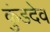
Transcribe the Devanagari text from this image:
कुंडदेव